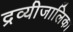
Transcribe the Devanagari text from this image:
द्रव्यीजालिका